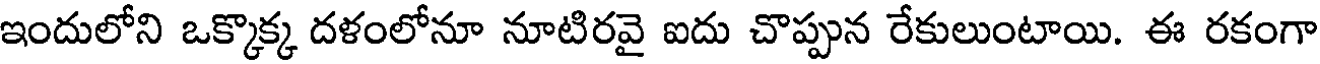
ఇందులోని ఒక్కొక్క దళంలోనూ నూటిరవై ఐదు చొప్పున రేకులుంటాయి. ఈ రకంగా